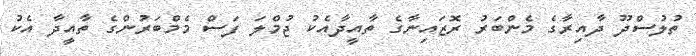
ތުލުސްދޫ ދާއިރާގެ މެންބަރު ރޮޒައިނާގެ ތާއީދާއެކު ޖުމްލަ ފަސް މެމްބަރުންގެ ތާއީދާ އެކު